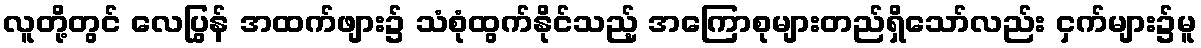
လူတို့တွင် လေပြွန် အထက်ဖျား၌ သံစုံထွက်နိုင်သည့် အကြောစုများတည်ရှိသော်လည်း ငှက်များ၌မူ